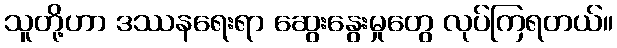
သူတို့ဟာ ဒဿနရေးရာ ဆွေးနွေးမှုတွေ လုပ်ကြရတယ်။